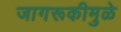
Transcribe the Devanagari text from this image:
जागरूकीमुळे